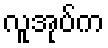
လူအုပ်က